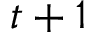
t + 1